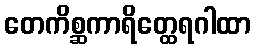
တေကိစ္ဆကာရိတ္ထေရဂါထာ